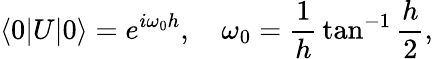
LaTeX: \langle 0|U|0\rangle=e^{i\omega_{0}h},\quad\omega_{0}={\frac{1}{h}}\tan^{-1}{\frac{h}{2}},